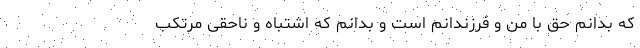
که بدانم حق با من و فرزندانم است و بدانم که اشتباه و ناحقی مرتکب